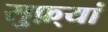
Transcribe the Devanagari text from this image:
सुफ़्यां